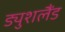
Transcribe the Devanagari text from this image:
ड्युशलैंड